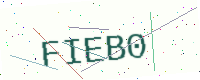
Text: FIEB0